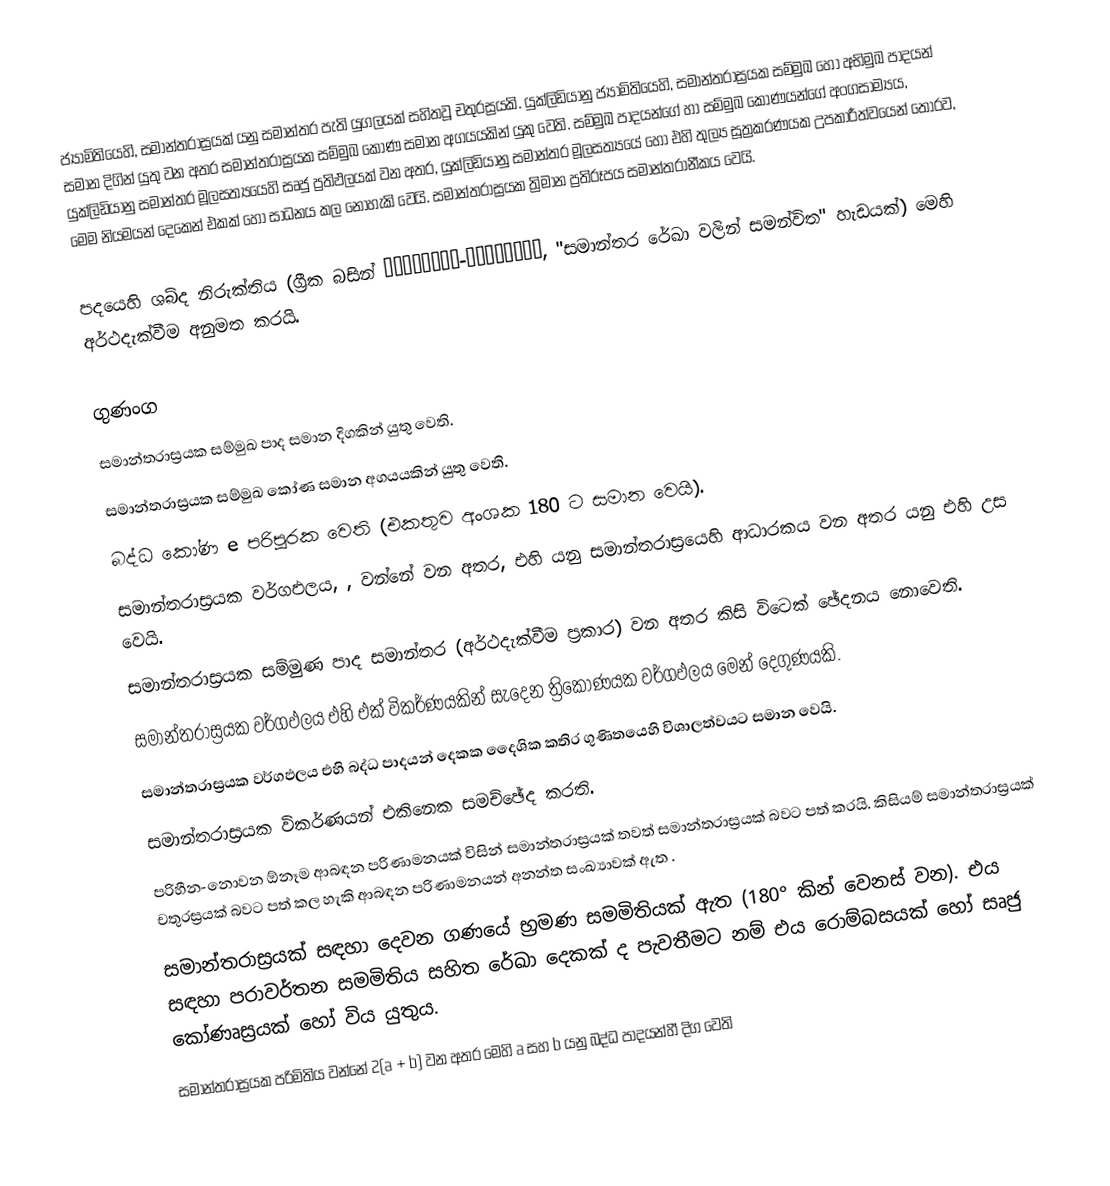
ජ්‍යාමිතියෙහි, සමාන්තරාස්‍රයක් යනු  සමාන්තර පැති යුගලයක් සහිතවූ චතුරස්‍රයකි. යුක්ලිඩියානු ජ්‍යාමිතියෙහි, සමාන්තරාස්‍රයක සම්මුඛ හෝ අභිමුඛ පාදයන් සමාන දිගින් යුතු වන අතර සමාන්තරාස්‍රයක සම්මුඛ කෝණ සමාන අගයයකින් යුකු වෙති. සම්මුඛ පාදයන්ගේ හා සම්මුඛ කෝණයන්ගේ අංගසාම්‍යය, යුක්ලිඩියානු සමාන්තර මූලසත්‍යයෙහි සෘජු ප්‍රතිඵලයක් වන අතර, යුක්ලිඩියානු සමාන්තර මූලසත්‍යයේ   හෝ එහි තුල්‍ය සූත්‍රකරණයක උපකාරීත්වයෙන් තොරව, මෙම නියමයන් දෙකෙන් එකක් හෝ සාධනය කල නොහැකි වෙයි. සමාන්තරාස්‍රයක ත්‍රිමාන ප්‍රතිරූපය සමාන්තරානීකය වෙයි.

පදයෙහි ශබ්ද නිරුක්තිය (ග්‍රීක බසින් παραλληλ-όγραμμον,  "සමාන්තර රේඛා වලින් සමන්විත" හැඩයක්) මෙහි අර්ථදැක්වීම අනුමත කරයි.

ගුණංග
 සමාන්තරාස්‍රයක සම්මුඛ පාද සමාන දිගකින් යුතු වෙති.
 සමාන්තරාස්‍රයක සම්මුඛ කෝණ සමාන අගයයකින් යුතු වෙති.
 බද්ධ කෝණ e පරිපූරක වෙති (එකතුව අංශක 180 ට සමාන වෙයි).
 සමාන්තරාස්‍රයක වර්ගඵලය, , වන්නේ  වන අතර, එහි  යනු සමාන්තරාස්‍රයෙහි ආධාරකය වන අතර  යනු එහි උස වෙයි.
සමාන්තරාස්‍රයක සම්මුණ පාද සමාන්තර (අර්ථදැක්වීම ප්‍රකාර) වන අතර කිසි විටෙක් ඡේදනය නොවෙති.
 සමාන්තරාස්‍රයක වර්ගඵලය එහි එක් විකර්ණයකින් සැදෙන ත්‍රිකෝණයක වර්ගඵලය මෙන් දෙගුණයකි.
 සමාන්තරාස්‍රයක වර්ගඵලය එහි  බද්ධ පාදයන් දෙකක දෛශික කතිර ගුණිතයෙහි  විශාලත්වයට සමාන වෙයි.
 සමාන්තරාස්‍රයක විකර්ණයන් එකිනෙක සමච්ඡේද කරති.
 පරිහීන-නොවන ඕනෑම  ආබඳන පරිණාමනයක් විසින් සමාන්තරාස්‍රයක් තවත් සමාන්තරාස්‍රයක් බවට පත් කරයි.  කිසියම් සමාන්තරාස්‍රයක්  චතුරස්‍රයක් බවට පත් කල හැකි ආබඳන පරිණාමනයන් අනන්ත සංඛ්‍යාවක් ඇත .
 සමාන්තරාස්‍රයක් සඳහා දෙවන ගණයේ භ්‍රමණ සමමිතියක් ඇත (180° කින් වෙනස් වන).  එය සඳහා  පරාවර්තන සමමිතිය සහිත රේඛා දෙකක් ද පැවතීමට නම් එය රොම්බසයක් හෝ සෘජු කෝණෘස්‍රයක් හෝ විය යුතුය.
 සමාන්තරාස්‍රයක පරිමිතිය වන්නේ  2(a + b) වන අතර මෙහි a සහ b යනු බද්ධ පාදයන්හී දිග වෙති